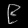
Digit: ၉